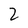
Character: 2